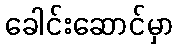
ခေါင်းဆောင်မှာ